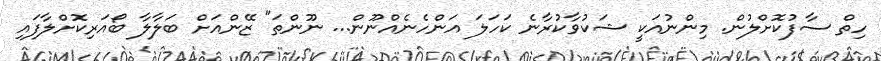
ހިތް ސާފުކޮށްލުން. މިންނުއަކީ ޝަކުވާކުރާނެ ކަހަލަ އަންހެނެއްނޫން... ނޫންތަ" ޒޭންއަށް ބަލާލާ ބޯއަރިކޮށްލާފައި